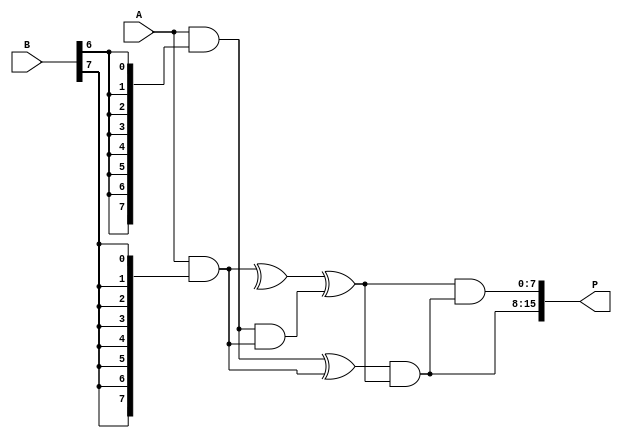
module wallace_tree_multiplier #(parameter N = 8) (
    input [N-1:0] A,
    input [N-1:0] B,
    output [2*N-1:0] P
);

// Partial products generation
wire [N-1:0] pp[N-1:0]; // Partial products
genvar i, j;
generate
    for (i = 0; i < N; i = i + 1) begin : partial_products
        assign pp[i] = A & {N{B[i]}}; // ANDing A with each bit of B
    end
endgenerate

// Reduction stage
wire [N-1:0] sum[N-1:0];
wire [N-1:0] carry[N-1:0];

// First stage of reduction
generate
    for (i = 0; i < N; i = i + 1) begin : reduction_stage1
        if (i % 3 == 0) begin
            assign sum[i] = pp[i] ^ pp[i+1];
            assign carry[i] = pp[i] & pp[i+1];
        end else if (i % 3 == 1) begin
            assign sum[i] = pp[i] ^ pp[i+1] ^ carry[i-1];
            assign carry[i] = (pp[i] & pp[i+1]) | (carry[i-1] & (pp[i] ^ pp[i+1]));
        end else if (i % 3 == 2) begin
            assign sum[i] = pp[i] ^ carry[i-1];
            assign carry[i] = pp[i] & carry[i-1];
        end
    end
endgenerate

// Second stage of reduction
wire [N-1:0] final_sum[N-1:0];
wire [N-1:0] final_carry[N-1:0];

generate
    for (i = 0; i < N; i = i + 1) begin : reduction_stage2
        if (i % 2 == 0) begin
            assign final_sum[i] = sum[i] ^ sum[i+1];
            assign final_carry[i] = sum[i] & sum[i+1];
        end else begin
            assign final_sum[i] = sum[i] ^ final_carry[i-1];
            assign final_carry[i] = sum[i] & final_carry[i-1];
        end
    end
endgenerate

// Final addition stage
wire [2*N-1:0] final_result;
assign final_result = {final_sum[N-1], final_sum[N-2], final_carry[N-2], final_carry[N-1]};

// Assign final product
assign P = final_result;

endmodule